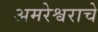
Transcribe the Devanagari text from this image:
अमरेश्वराचे